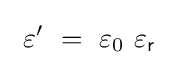
\ \varepsilon '\ =\ \varepsilon _{0}\ \varepsilon _{\mathsf {r}}\